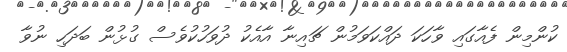
ކުންމިން ފެއާގައި ވާހަކަ ދައްކަވަމުން ޗައިނާ އާއެކު ދުވަހުކުވެސް ގުޅުން ބަދަހި ނުވާ